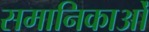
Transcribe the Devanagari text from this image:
समानिकाओं